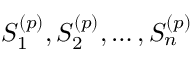
S _ { 1 } ^ { ( p ) } , S _ { 2 } ^ { ( p ) } , \ldots , S _ { n } ^ { ( p ) }